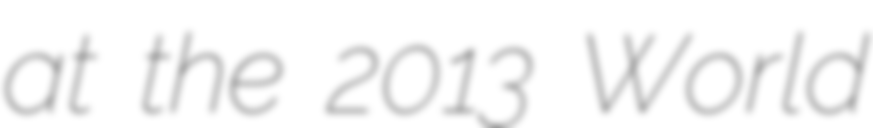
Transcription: at the 2013 World